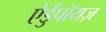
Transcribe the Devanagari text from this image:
ऐर्डुपॉयज़